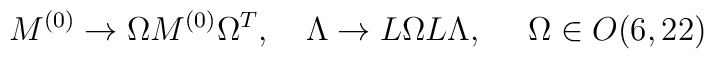
M^{(0)} \to \Omega M^{(0)} \Omega^T, \ \ \ \Lambda \to L\Omega L \Lambda , \ \ \ \ \Omega\in O(6,22)